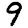
Digit: 9